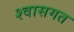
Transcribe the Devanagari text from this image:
श्वासगत